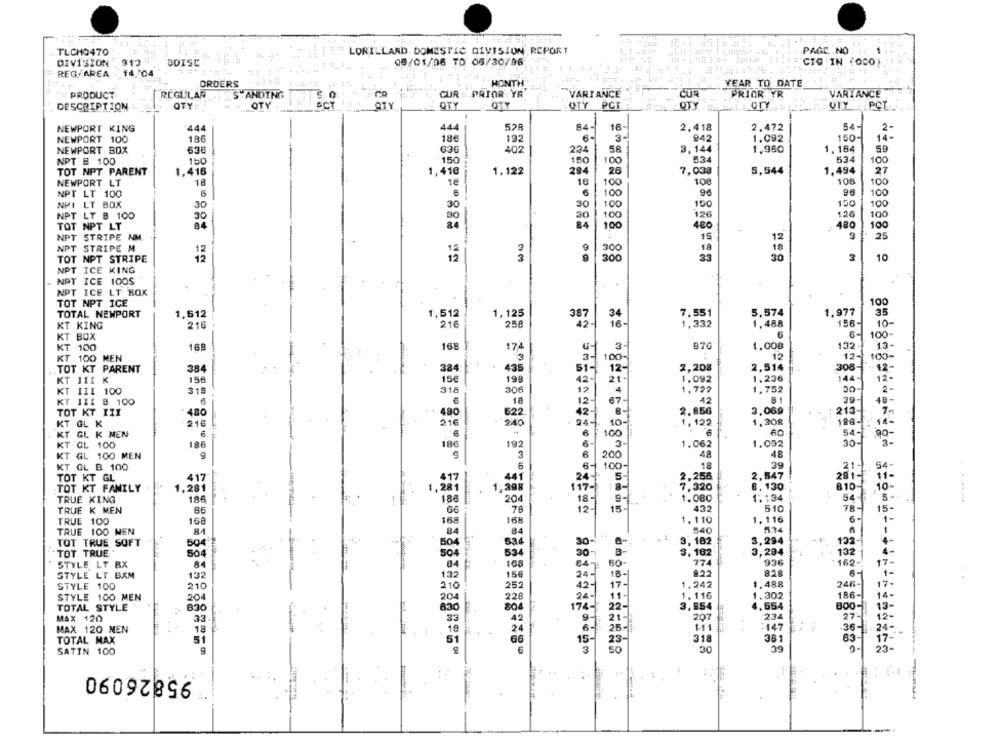
TLCHO470
LORILLARD. DOMESTIC DIVISION REPORT
PAGE NO
DIVISION 913 9
BOISC
08/01/96 TD 05/30/96
CIG IN COCO
# REG/AREA.
14/04
MONTH
ORDERS
YEAR TO DATE
PRODUCT
REGULAR
STANDING
CUR : PRIOR YR
VARIANCE
CUR
PRIOR YR
VARIANCE
QTY
LOTY
DESCRIPTION
QTY:
OTY
SCT
ATY
OTY
OTY PCT
QTY
PCL.
-
NEWPORT KING
52₽
84-
16-
2.418
2,472
54-
2-
444
444
NEWPORT 100
186
186
192
6-
3-
942
1.092
150-
14-
NEWPORT BOX
402
234
58
3,144
1,980
1, 164
59
630
636
NPT B 100
150
100
534
534
100
TOT NPT PARENT
1.416
1,416
1.122
294
7,038
5,544
1,494
27
26
NEWPORT LT
18
16
100
108
108
100
NPT LT 100
6
100
100
NPI LT BOX
30
30
30
100
150
150
100
NPT LT B 100
30
30
100
126
126
100
90
TOT NPT LT
84
84
100
480
-
480
100
NPT STRIPE NM
IS
25
NPT STRIPE M
9
300
18
TOT NPT STRIPE
3
300
33
30
3
10
NPT ICE KING
NPT ICE 100S
NPT ICE LT BOX
TOT NPT ICE
100
5,574
TOTAL NEWPORT
1,512
1,512
1,125
387
34
7.551
1,977
35
KT KING
216
216
258
42
1.488
156-
10-
6
KT BOX
100
KT 100
169
168
3
87G
1.008
174
3-
12
12- 100-
KT 100 MEN
3
100-
TOT KT PARENT
384
384
435
51-
12-
2,208
308-
12-
150
15€
198
1.092
1.236
144-
12-
KT JII K
42-
21-
KT III 100
318
318
30€
12
1,722
1,752
30-
2-
18
12-
42
81
39-
KT III 8 100
67-
48-
TOT KT III
. 480
480
622
42-
2.856
3,069
213-
KT GL K
210
216
240
. 24 -.
1,208
126-
6
1.122
KT GL K MEN
6
100
54-
KT CL 100
186
186
192
6
3
1.062
1.092
30-
3-
48
KT GL 100 MEN
9
3
6
200
48
KT GL B 100
6
6-
100-
18
39
21 -.
54
2,547
TOT KT GL
417
417
441
2,256
11-
TOT KT FAMILY
1,281
1,281
1,398
7,320
6.130
810-
10-
186
1.080
1.134
TRUE KING
186
204
TRUE K MEN
76
12.
15-
432
510
78-
15-
168
168
1.110
1.116
6-
TRUE 100
168
1-
TRUE 100 NEN
84
540
534
TOT TRUE SOFT
504
3,182
3,294
123-
1504
534
30
TOT TRUE .
504
3, 182
3,294
132
STYLE LT RX
168
50
774
936
162-
17.
84-
#22
82.8
6-
STYLE LT BXM
132
132
156
15
1 -
STYLE 100
210
210
252
42-
1.242
1.488
246-
17-
186-
14-
STYLE 100 MEN
204
204
228
24
1. 116
1.302
TOTAL STYLE
830
830
74-
3,954
.554
BOO-
13-
42
1234
12-
MAX 120
33.
207
MAX 120 MEN
----
18
24
1.11
:147
24-
51
66
318
381
63-
17-
TOTAL MAX
SATIN 100
30
39
95826090